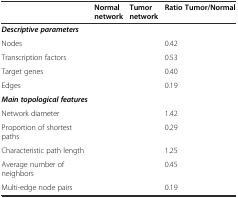
<table><thead><tr><td>[EMPTY_CELL]</td><td><b>Normal network</b></td><td><b>Tumor network</b></td><td><b>Ratio Tumor/Normal</b></td></tr></thead><tbody><tr><td><b><i>Descriptive parameters</i></b></td><td>[EMPTY_CELL]</td><td>[EMPTY_CELL]</td><td>[EMPTY_CELL]</td></tr><tr><td>Nodes</td><td>[EMPTY_CELL]</td><td>[EMPTY_CELL]</td><td>0.42</td></tr><tr><td>Transcription factors</td><td>[EMPTY_CELL]</td><td>[EMPTY_CELL]</td><td>0.53</td></tr><tr><td>Target genes</td><td>[EMPTY_CELL]</td><td>[EMPTY_CELL]</td><td>0.40</td></tr><tr><td>Edges</td><td>[EMPTY_CELL]</td><td>[EMPTY_CELL]</td><td>0.19</td></tr><tr><td><b><i>Main topological features</i></b></td><td>[EMPTY_CELL]</td><td>[EMPTY_CELL]</td><td>[EMPTY_CELL]</td></tr><tr><td>Network diameter</td><td>[EMPTY_CELL]</td><td>[EMPTY_CELL]</td><td>1.42</td></tr><tr><td>Proportion of shortest paths</td><td>[EMPTY_CELL]</td><td>[EMPTY_CELL]</td><td>0.29</td></tr><tr><td>Characteristic path length</td><td>[EMPTY_CELL]</td><td>[EMPTY_CELL]</td><td>1.25</td></tr><tr><td>Average number of neighbors</td><td>[EMPTY_CELL]</td><td>[EMPTY_CELL]</td><td>0.45</td></tr><tr><td>Multi-edge node pairs</td><td>[EMPTY_CELL]</td><td>[EMPTY_CELL]</td><td>0.19</td></tr></tbody></table>